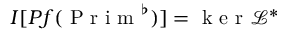
I [ P f ( \mathrm { ~ P ~ r ~ i ~ m ~ } ^ { \flat } ) ] = \mathrm { ~ k ~ e ~ r ~ } \mathcal { L } ^ { * }